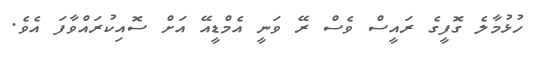
ހުޅުމާލެ ގޮފީގެ ރައީސް ވެސް ރޭ ވަނީ އެމްޑީއޭ އަށް ސޮއިކުރައްވާފަ އެވެ.